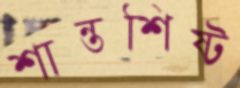
শান্তশিষ্ট